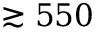
\gtrsim 5 5 0